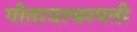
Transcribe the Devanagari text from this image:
गीतावाचस्पती